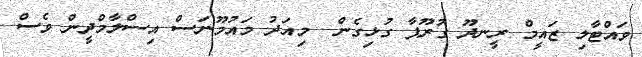
ވައްޓާލި ޒައީމް ރީނދޫ ގުރޫޕާ ގުޅިގެން  މިއަދު މައުމޫނަސް އިސްލާމްދީން ވެސް